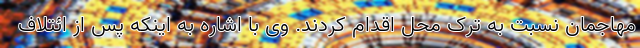
مهاجمان نسبت به ترک محل اقدام کردند. وی با اشاره به اینکه پس از ائتلاف